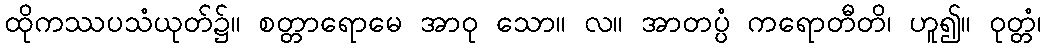
ထိုကဿပသံယုတ်၌။ စတ္တာရောမေ အာဝု သော။ လ။ အာတပ္ပံ ကရောတီတိ၊ ဟူ၍။ ဝုတ္တံ၊